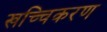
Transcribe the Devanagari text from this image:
खच्चिकरण